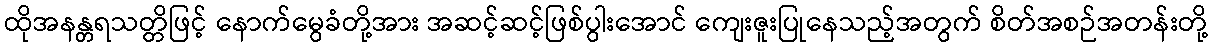
ထိုအနန္တရသတ္တိဖြင့် နောက်မွေခံတို့အား အဆင့်ဆင့်ဖြစ်ပွါးအောင် ကျေးဇူးပြုနေသည့်အတွက် စိတ်အစဉ်အတန်းတို့